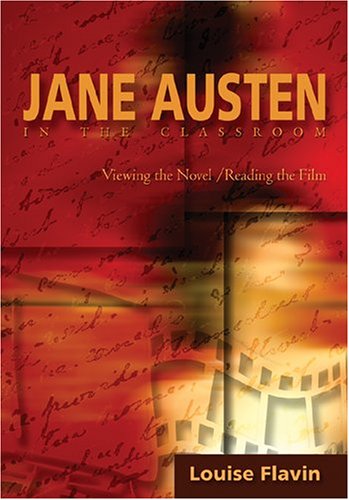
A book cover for Jane Austen in the Classroom: Viewing the Novel/Reading the Film; Louise Flavin; Humor & Entertainment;